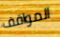
المواقف